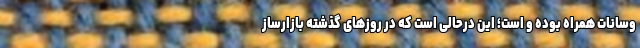
وسانات همراه بوده و است؛ این درحالی است که در روزهای گذشته بازارساز